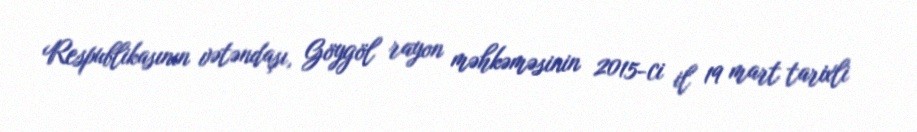
Respublikasının vətəndaşı, Göygöl rayon məhkəməsinin 2015-ci il 19 mart tarixli